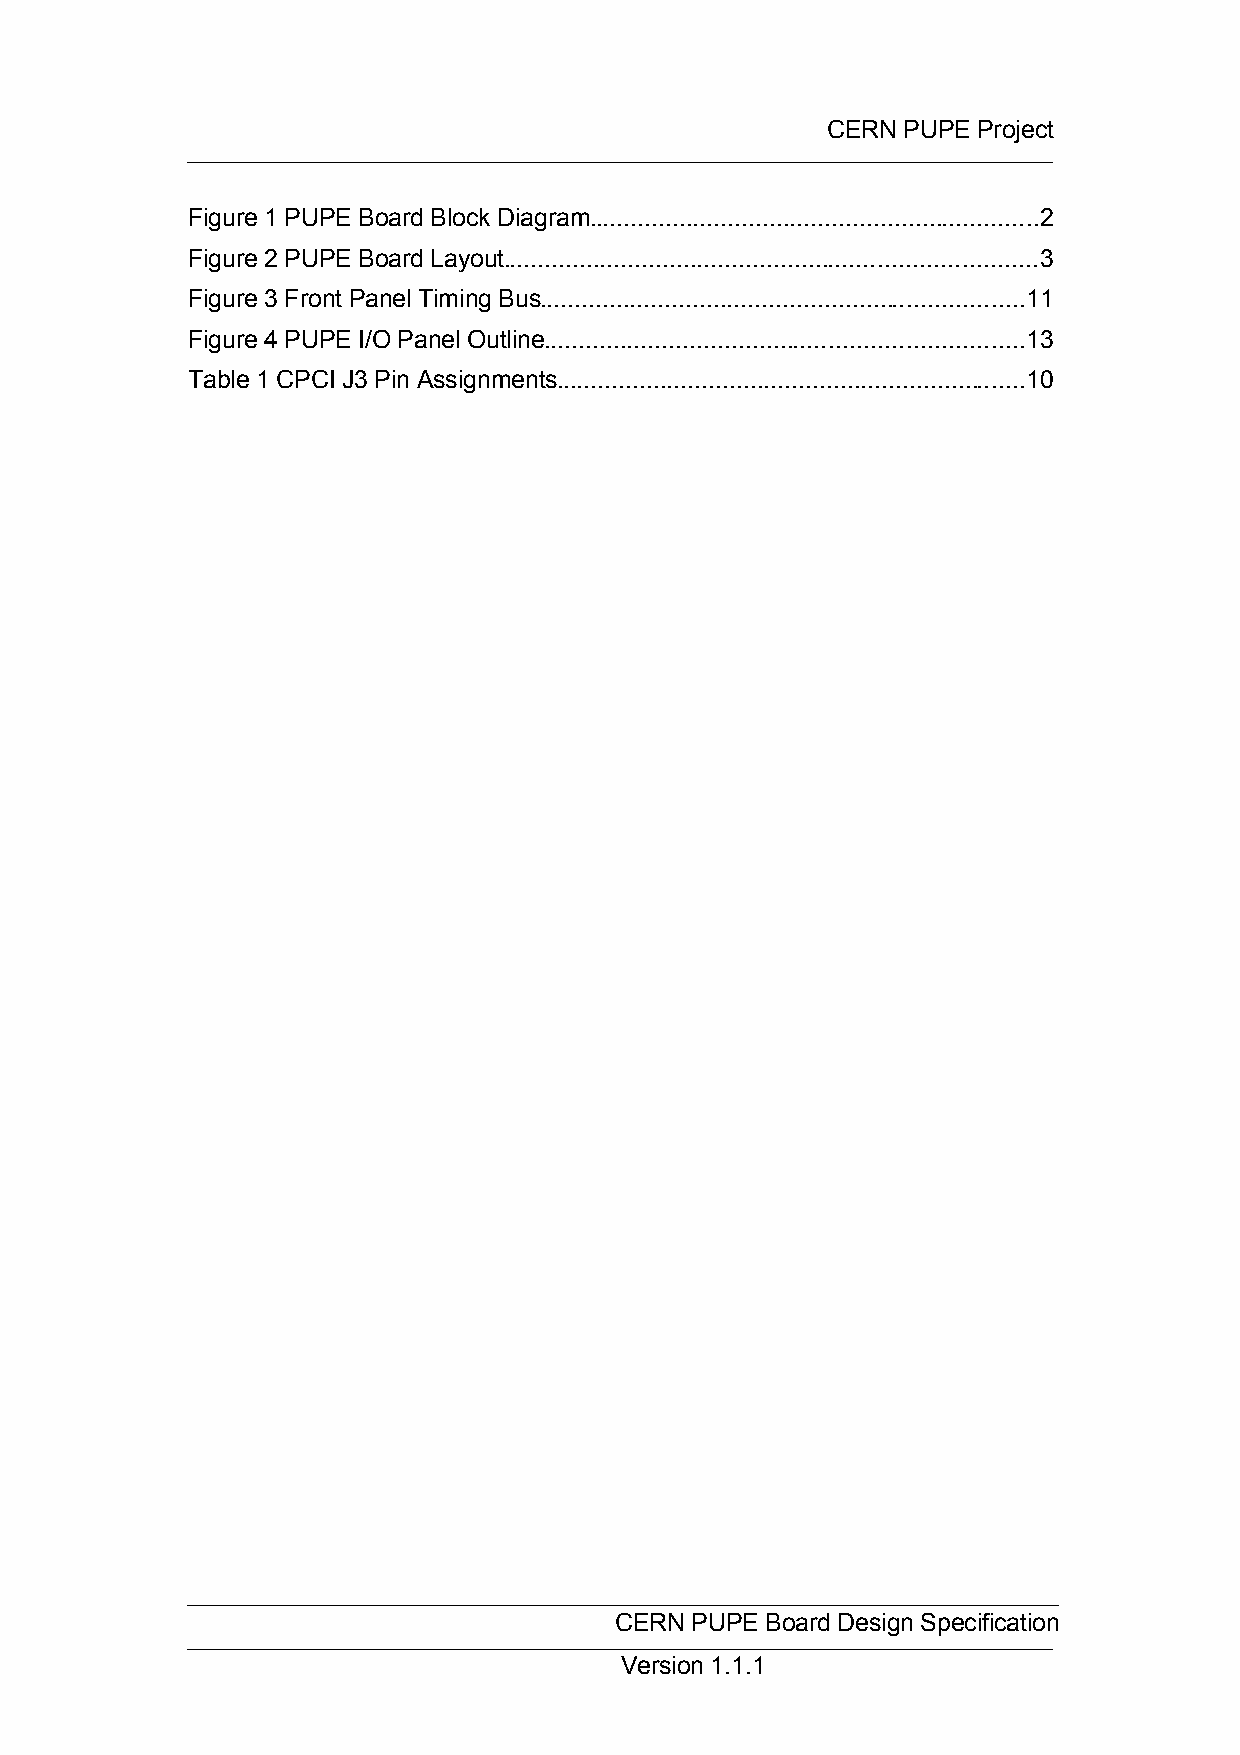
CERN PUPE Project
 Figure 1 PUPE Board Block Diagram.................................................................2
 Figure 2 PUPE Board Layout.............................................................................3
 Figure 3 Front Panel Timing Bus......................................................................11
 Figure 4 PUPE I/O Panel Outline.....................................................................13
 Table 1 CPCI J3 Pin Assignments....................................................................10
 CERN PUPE Board Design Specification
 Version 1.1.1